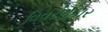
વિવરણકાર